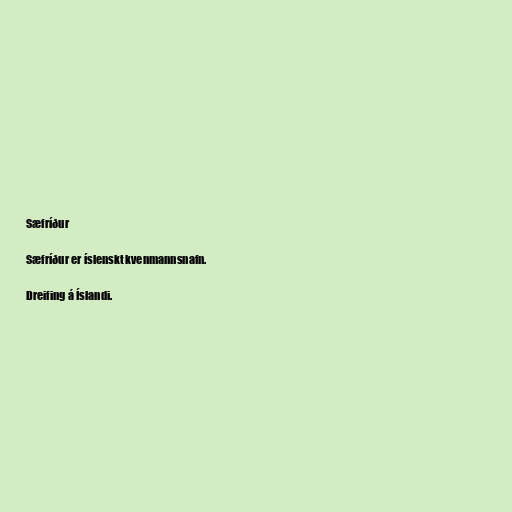
Sæfríður

Sæfríður er íslenskt kvenmannsnafn.

Dreifing á Íslandi.